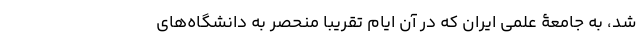
شد، به جامعۀ علمی ایران که در آن ایام تقریباً منحصر به دانشگاه‌های